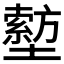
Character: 𡒙